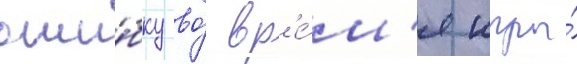
оши́бку во́ вр'е́м'я игры́